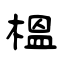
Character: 榅